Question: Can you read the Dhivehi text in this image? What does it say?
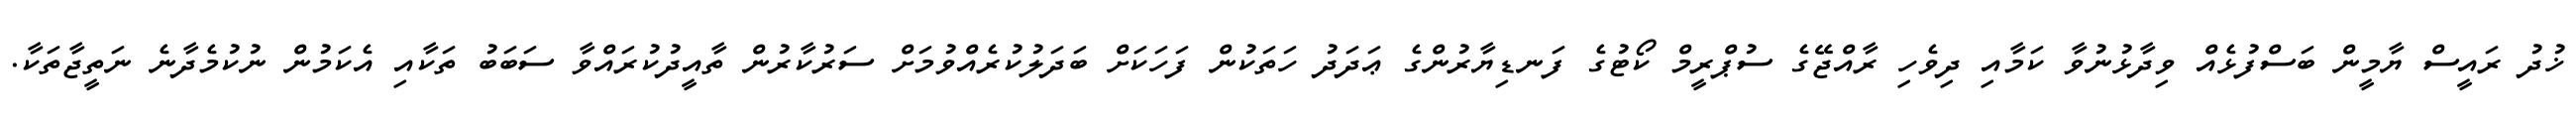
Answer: ޚުދު ރައީސް ޔާމީން ބަސްފުޅެއް ވިދާޅުނުވާ ކަމާއި ދިވެހި ރާއްޖޭގެ ސުޕްރީމް ކޯޓުގެ ފަނޑިޔާރުންގެ ޢަދަދު ހަތަކުން ފަހަކަށް ބަދަލުކުރެއްވުމަށް ސަރުކާރުން ތާއީދުކުރައްވާ ސަބަބު ތަކާއި އެކަމުން ނުކުމެދާނެ ނަތީޖާތަކާ.